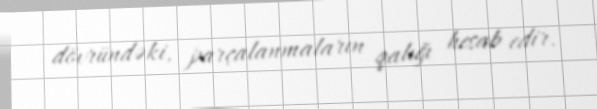
dövründəki, parçalanmaların qalığı hesab edir.